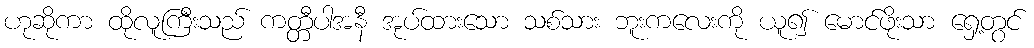
ဟုဆိုကာ ထိုလူကြီးသည် ကတ္တီပါအနီ အုပ်ထားသော သစ်သား ဘူးကလေးကို ယူ၍ မောင်ဖိုးသာ ရှေ့တွင်